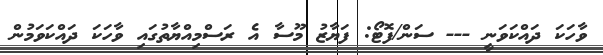
ވާހަކަ ދައްކަވަނީ --- ސަން/ފޮޓޯ: ފަޔާޒު މޫސާ އެ ރަސްމިއްޔާތުގައި ވާހަކަ ދައްކަވަމުން